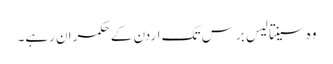
وہ سینتالیس برس تک اردن کے حکمران رہے۔